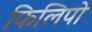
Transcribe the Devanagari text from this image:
फिलिपो